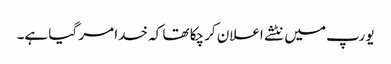
یورپ میں نٹشے اعلان کرچکا تھا کہ خدا مر گیا ہے۔